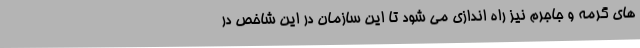
های گرمه و جاجرم نیز راه اندازی می شود تا این سازمان در این شاخص در